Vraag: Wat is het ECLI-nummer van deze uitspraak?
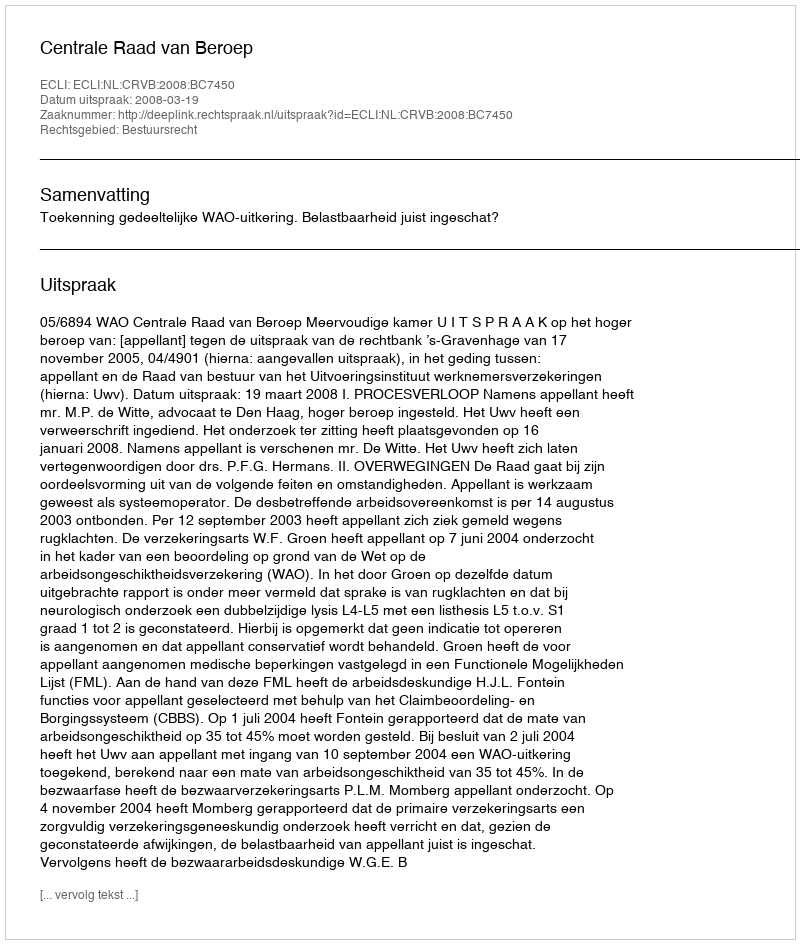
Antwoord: ECLI:NL:CRVB:2008:BC7450